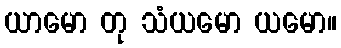
ယာမော တု သံယမော ယမော။